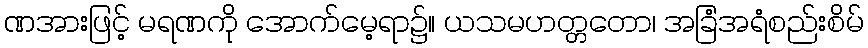
ဏအားဖြင့် မရဏကို အောက်မေ့ရာ၌။ ယသမဟတ္တတော၊ အခြံအရံစည်းစိမ်